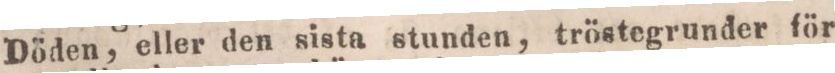
Döden, eller den sista stunden, tröstegrunder för